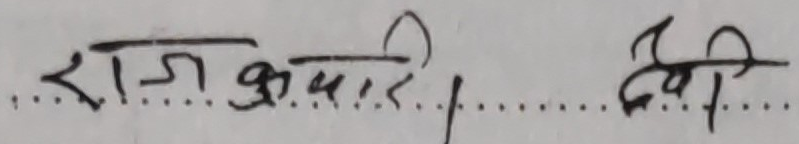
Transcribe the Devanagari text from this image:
राजकुमारी देवी